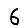
Digit: 6